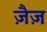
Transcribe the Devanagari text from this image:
ज़ैज़